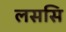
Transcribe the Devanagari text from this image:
लससि